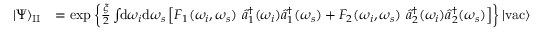
\begin{array} { r l } { | \Psi \rangle _ { \mathrm { I I } } } & { = \exp \left\{ \frac { \xi } { 2 } \int \! \! \mathrm { d } \omega _ { i } \mathrm { d } \omega _ { s } \left[ F _ { 1 } ( \omega _ { i } , \omega _ { s } ) \, \, \hat { a } _ { 1 } ^ { \dagger } ( \omega _ { i } ) \hat { a } _ { 1 } ^ { \dagger } ( \omega _ { s } ) + F _ { 2 } ( \omega _ { i } , \omega _ { s } ) \, \, \hat { a } _ { 2 } ^ { \dagger } ( \omega _ { i } ) \hat { a } _ { 2 } ^ { \dagger } ( \omega _ { s } ) \right] \right\} | \mathrm { v a c } \rangle } \end{array}